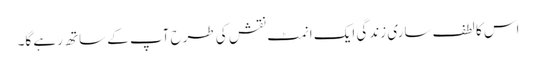
اس کا لطف ساری زندگی ایک انمٹ نقش کی طرح آپ کے ساتھ رہے گا۔